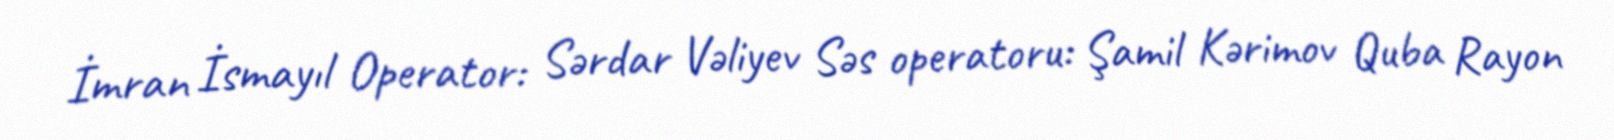
İmran İsmayıl Operator: Sərdar Vəliyev Səs operatoru: Şamil Kərimov Quba Rayon